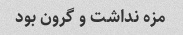
مزه نداشت و گرون بود